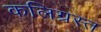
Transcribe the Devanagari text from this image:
कलिग्रस्त